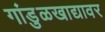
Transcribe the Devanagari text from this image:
गांडुळखाद्यावर